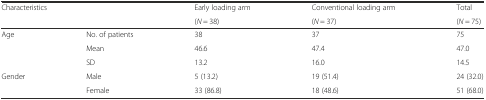
| <ROWSPAN=2-COLSPAN=2> Characteristics | Early loading arm | Conventional loading arm | Total |
 | (N = 38) | (N = 37) | (N = 75) |
 | --- | --- | --- | --- | --- |
 | <ROWSPAN=3> Age | No. of patients | 38 | 37 | 75 |
 | Mean | 46.6 | 47.4 | 47.0 |
 | SD | 13.2 | 16.0 | 14.5 |
 | <ROWSPAN=2> Gender | Male | 5 (13.2) | 19 (51.4) | 24 (32.0) |
 | Female | 33 (86.8) | 18 (48.6) | 51 (68.0) |